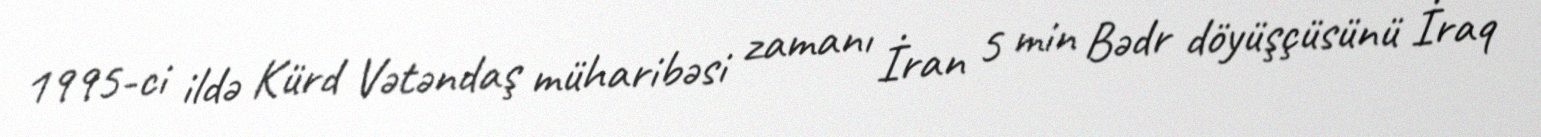
1995-ci ildə Kürd Vətəndaş müharibəsi zamanı İran 5 min Bədr döyüşçüsünü İraq